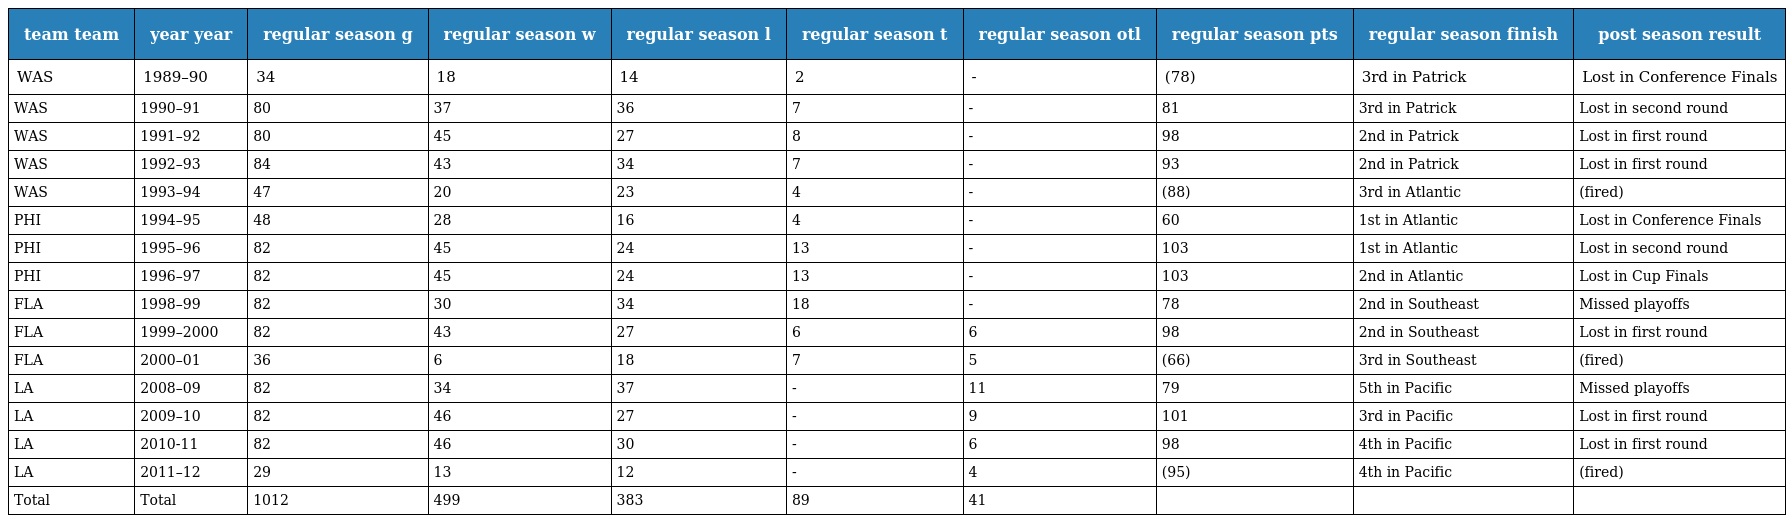
| team team | year year | regular season g | regular season w | regular season l | regular season t | regular season otl | regular season pts | regular season finish | post season result |
 | --- | --- | --- | --- | --- | --- | --- | --- | --- | --- |
 | WAS | 1989–90 | 34 | 18 | 14 | 2 | - | (78) | 3rd in Patrick | Lost in Conference Finals |
 | WAS | 1990–91 | 80 | 37 | 36 | 7 | - | 81 | 3rd in Patrick | Lost in second round |
 | WAS | 1991–92 | 80 | 45 | 27 | 8 | - | 98 | 2nd in Patrick | Lost in first round |
 | WAS | 1992–93 | 84 | 43 | 34 | 7 | - | 93 | 2nd in Patrick | Lost in first round |
 | WAS | 1993–94 | 47 | 20 | 23 | 4 | - | (88) | 3rd in Atlantic | (fired) |
 | PHI | 1994–95 | 48 | 28 | 16 | 4 | - | 60 | 1st in Atlantic | Lost in Conference Finals |
 | PHI | 1995–96 | 82 | 45 | 24 | 13 | - | 103 | 1st in Atlantic | Lost in second round |
 | PHI | 1996–97 | 82 | 45 | 24 | 13 | - | 103 | 2nd in Atlantic | Lost in Cup Finals |
 | FLA | 1998–99 | 82 | 30 | 34 | 18 | - | 78 | 2nd in Southeast | Missed playoffs |
 | FLA | 1999–2000 | 82 | 43 | 27 | 6 | 6 | 98 | 2nd in Southeast | Lost in first round |
 | FLA | 2000–01 | 36 | 6 | 18 | 7 | 5 | (66) | 3rd in Southeast | (fired) |
 | LA | 2008–09 | 82 | 34 | 37 | - | 11 | 79 | 5th in Pacific | Missed playoffs |
 | LA | 2009–10 | 82 | 46 | 27 | - | 9 | 101 | 3rd in Pacific | Lost in first round |
 | LA | 2010-11 | 82 | 46 | 30 | - | 6 | 98 | 4th in Pacific | Lost in first round |
 | LA | 2011–12 | 29 | 13 | 12 | - | 4 | (95) | 4th in Pacific | (fired) |
 | Total | Total | 1012 | 499 | 383 | 89 | 41 |  |  |  |